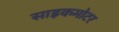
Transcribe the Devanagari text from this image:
साइकमोटर